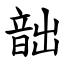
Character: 韷